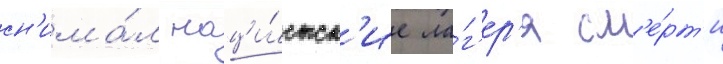
сн'има́л наци́стск'ие ла́г'ер'я см'е́рт'и